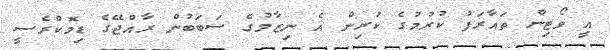
އީ ވޯޓިން ތައާރަފު ކުރުމުގެ ކުރިން އެ ނިޒާމުގެ ސަބަބުން ރާއްޖޭގެ ޑިމޮކްރެސީ